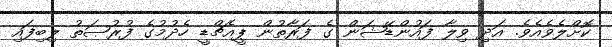
ކޮށްލެވެއެވެ. އަދި ވިލާ ފައުންޑޭޝަން ގެ ފަރާތުން ޕީއެޗްޑީ ހެދުމުގެ ފުރުޞަތު ލިބިފައި